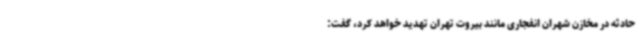
حادثه در مخازن شهران انفجاری مانند بیروت تهران تهدید خواهد کرد، گفت: